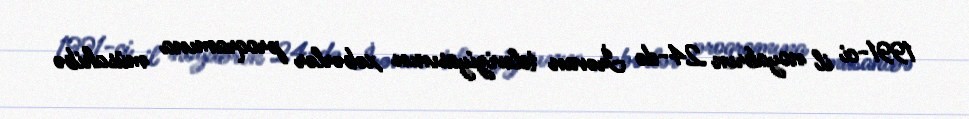
1991-ci il noyabrın 24-də İrəvan televiziyasının xəbərlər proqramına müsahibə